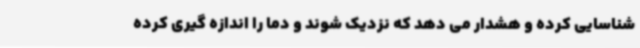
شناسایی کرده و هشدار می دهد که نزدیک شوند و دما را اندازه گیری کرده